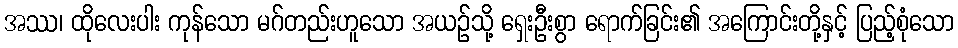
အဿ၊ ထိုလေးပါး ကုန်သော မဂ်တည်းဟူသော အယဉ်သို့ ရှေးဦးစွာ ရောက်ခြင်း၏ အကြောင်းတို့နှင့် ပြည့်စုံသော